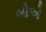
બોએ